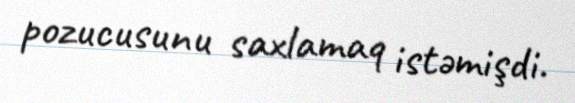
pozucusunu saxlamaq istəmişdi.